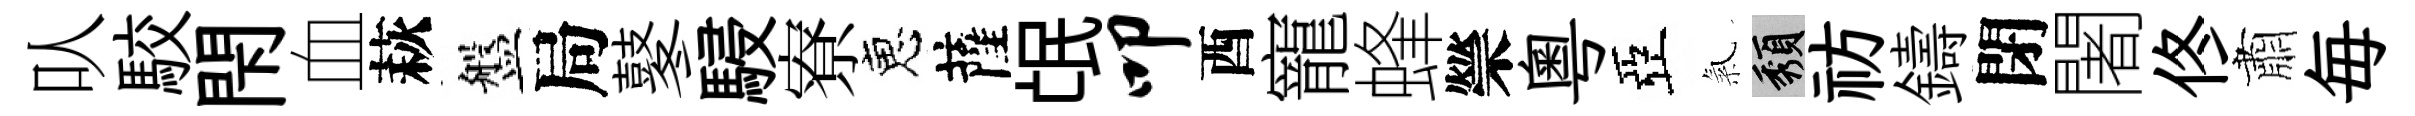
㕥駮閇血萩盤局鼕駸寮恵薩氓叩酉寵蜂禜粵亞氣頽祊鑄閉闍佟肅毎